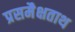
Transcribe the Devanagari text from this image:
प्रसमैक्षताथ